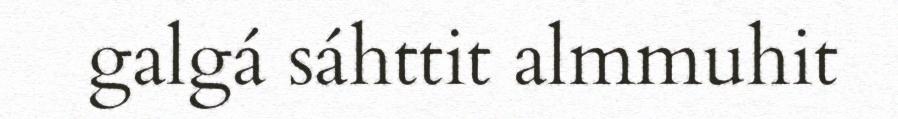
galgá sáhttit almmuhit